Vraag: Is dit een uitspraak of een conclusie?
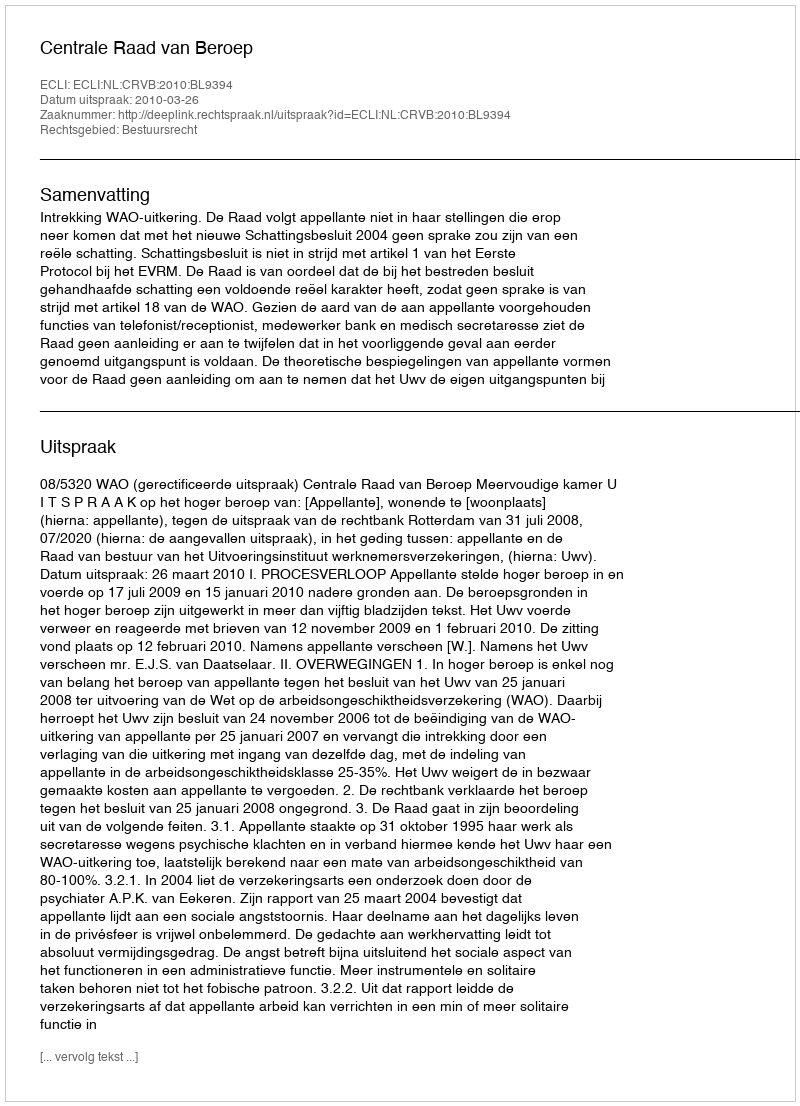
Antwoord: Uitspraak